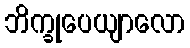
ဘိက္ခုပေယျာလော